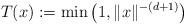
LaTeX: \begin{align*} T(x) := \min \left( 1, \|x\|^{-(d+1)} \right)\end{align*}